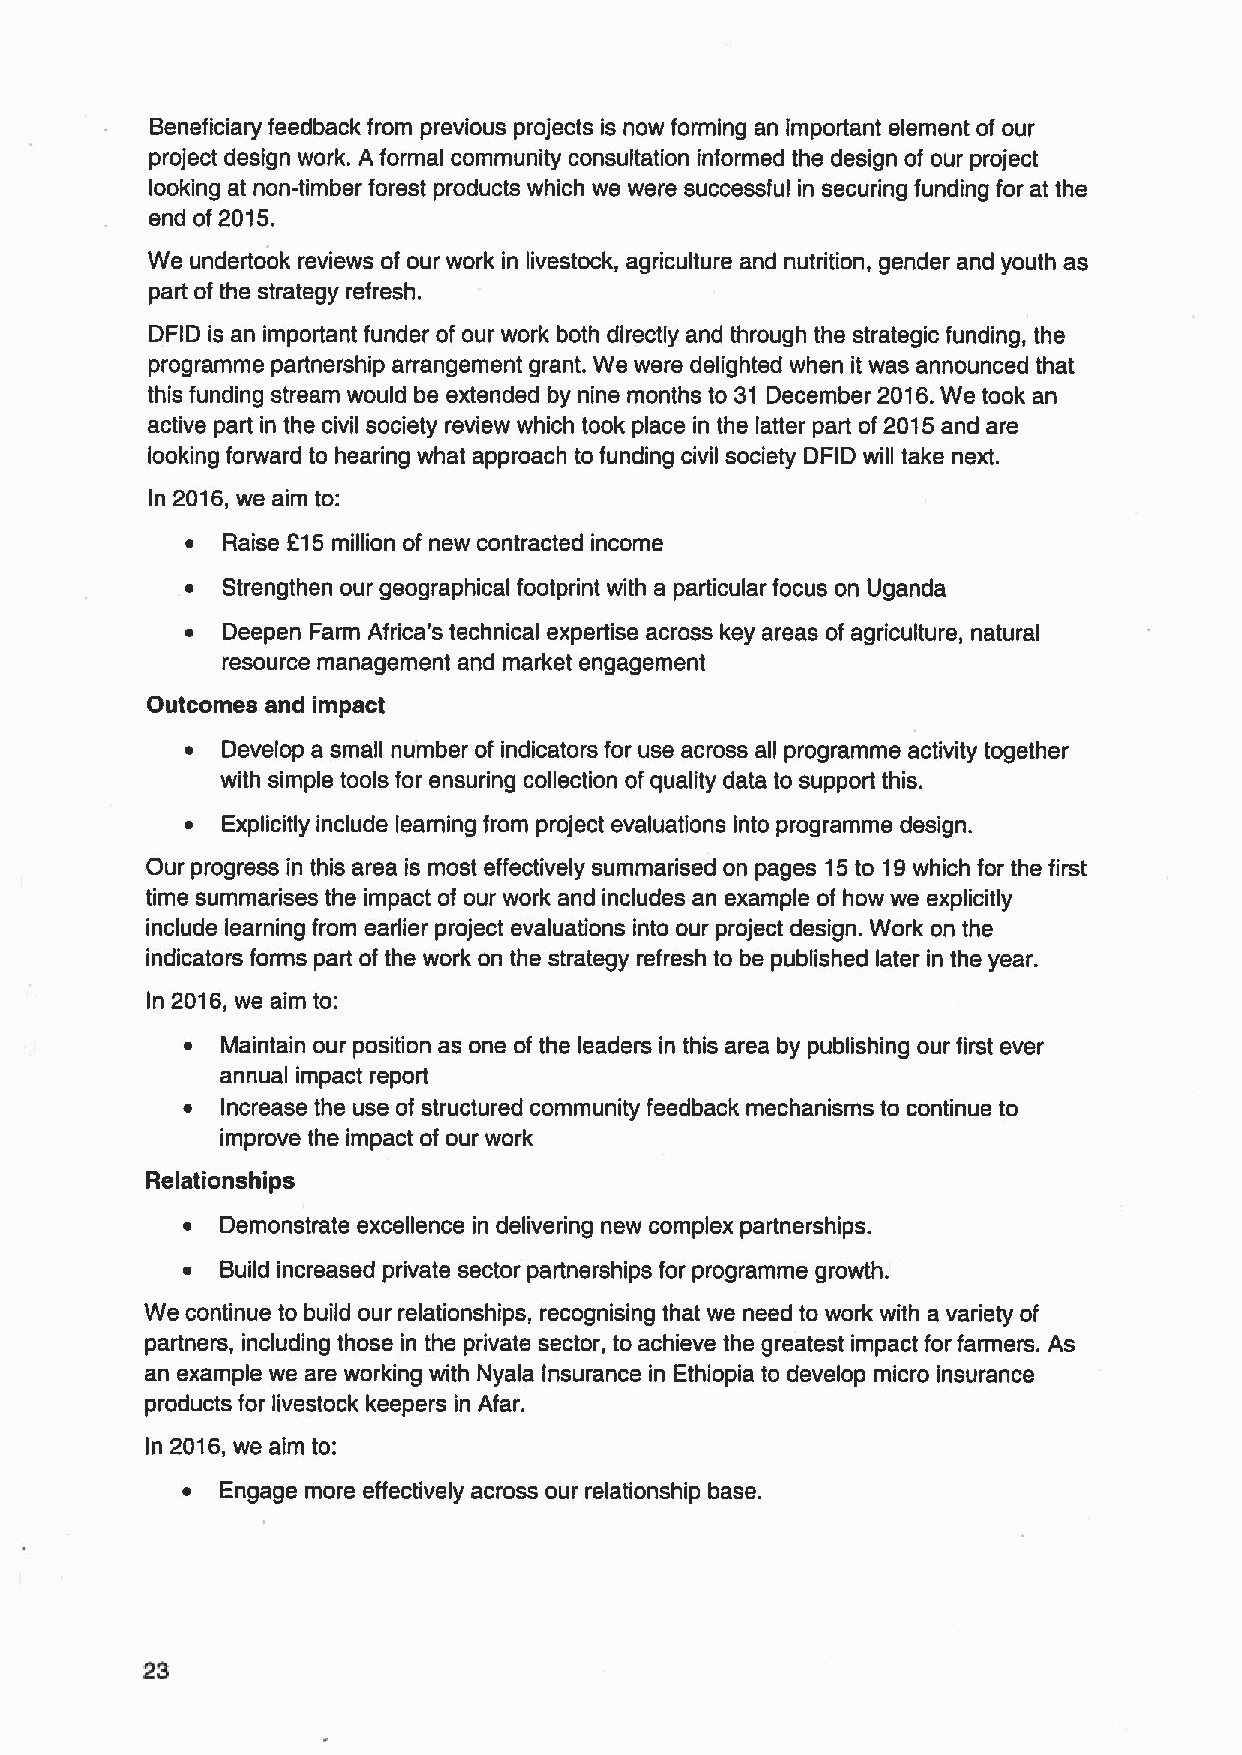
Beneficiary feedback from previous projects is now forming an important element of our
 project design work. A formal community consultation informed the design of our project
 looking at non-timber forest products which we were successful in securing funding for at the
 end of2015.
 We undertook reviews of our work in livestock, agriculture and nutrition, gender and youth as
 part of the strategy refresh.
 DFID is an important funder of our work both directly and through the strategic funding, the
 programme partnership arrangement grant. We were delighted when it was announced that
 this funding stream would be extended by nine months to 31 December 2016.We took an
 active part in the civil society review which took place in the latter part of2015and are
 looking forward to hearing what approach to funding civil society DFID will take next.
 In 2016,we aim to:
 ~  Raise 215 million of new contracted income
 ~  Strengthen our geographical footprint with a particular focus on Uganda
 ~  Deepen Farm Africa's technical expertise across key areas of agriculture, natural
 resource management and market engagement
 Outcomes and impact
 ~  Develop a small number of indicators for use across all programme activity together
 with simple tools for ensuring collection of quality data to support this.
 ~  Explicitly include learning from project evaluations into programme design.
 Our progress in this area is most effectively summarised on pages 15to 19which for the first
 time summarises the impact of our work and includes an example of how we explicitly
 include learning from earlier project evaluations into our project design. Work on the
 indicators forms part of the work on the strategy refresh to be published later in the year.
 In 2016,we aim to:
 ~  Maintain our position as one of the leaders in this area by publishing our first ever
 annual impact report
 ~  Increase the use of structured community feedback mechanisms to continue to
 improve the impact of our work
 Relationships
 ~  Demonstrate excellence in delivering new complex partnerships.
 ~  Build increased private sector partnerships for programme growth.
 We continue to build our relationships, recognising that we need to work with a variety of
 partners, including those in the private sector, to achieve the greatest impact for farmers. As
 an example we are working with Nyala Insurance in Ethiopia to develop micro insurance
 products for livestock keepers in Afar.
 In 2016,we aim to:
 ~  Engage more effectively across our relationship base.
 23